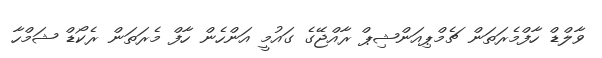
ވާލްޑް ހާފްމެރަތަން ޗެމްޕިއަންޝިޕް ރާއްޖޭގެ ގައުމީ އަންހެން ހާފް މެރަތަން ރެކޯޑް ޝަމްހާ